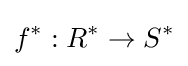
f^{*}:R^{*}\to S^{*}